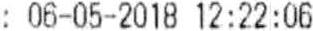
: 06-05-2018 12:22:06